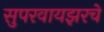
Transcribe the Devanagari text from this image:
सुपरवायझरचे